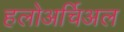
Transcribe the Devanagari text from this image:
हलोअर्चिअल